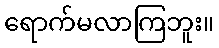
ရောက်မလာကြဘူး။